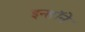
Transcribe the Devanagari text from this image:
इन्हॉने